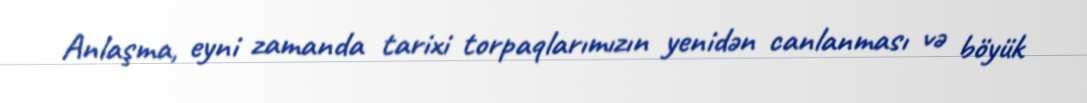
Anlaşma, eyni zamanda tarixi torpaqlarımızın yenidən canlanması və böyük